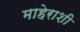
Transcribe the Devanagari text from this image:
माहेराशी